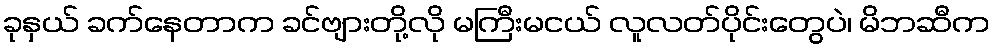
ခုနှယ် ခက်နေတာက ခင်ဗျားတို့လို မကြီးမငယ် လူလတ်ပိုင်းတွေပဲ၊ မိဘဆီက